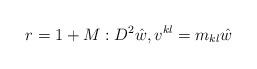
LaTeX: \begin{align*}r = 1+M:D^2 \hat{w},v^{kl} = m_{kl} \hat{w}\end{align*}